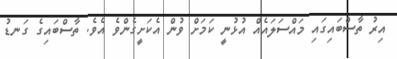
އިރު ތާސްބައިގައި މައްސަލައެއް އުޅުނީ ކަމަށް ވުން އެކަށީގެންވެ އެވެ. ތާސްބައިގެ ގަނޑު